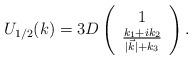
LaTeX: \begin{align*}U_{1/2} (k)=3D\left( \begin{array}{cc} 1 \\ \frac{k_1+ik_2}{|\vec{k}|+ k_3} \end{array} \right) .\end{align*}